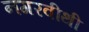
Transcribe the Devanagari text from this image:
नगरवीथी